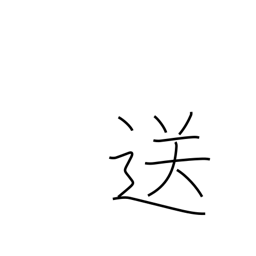
Meaning: send